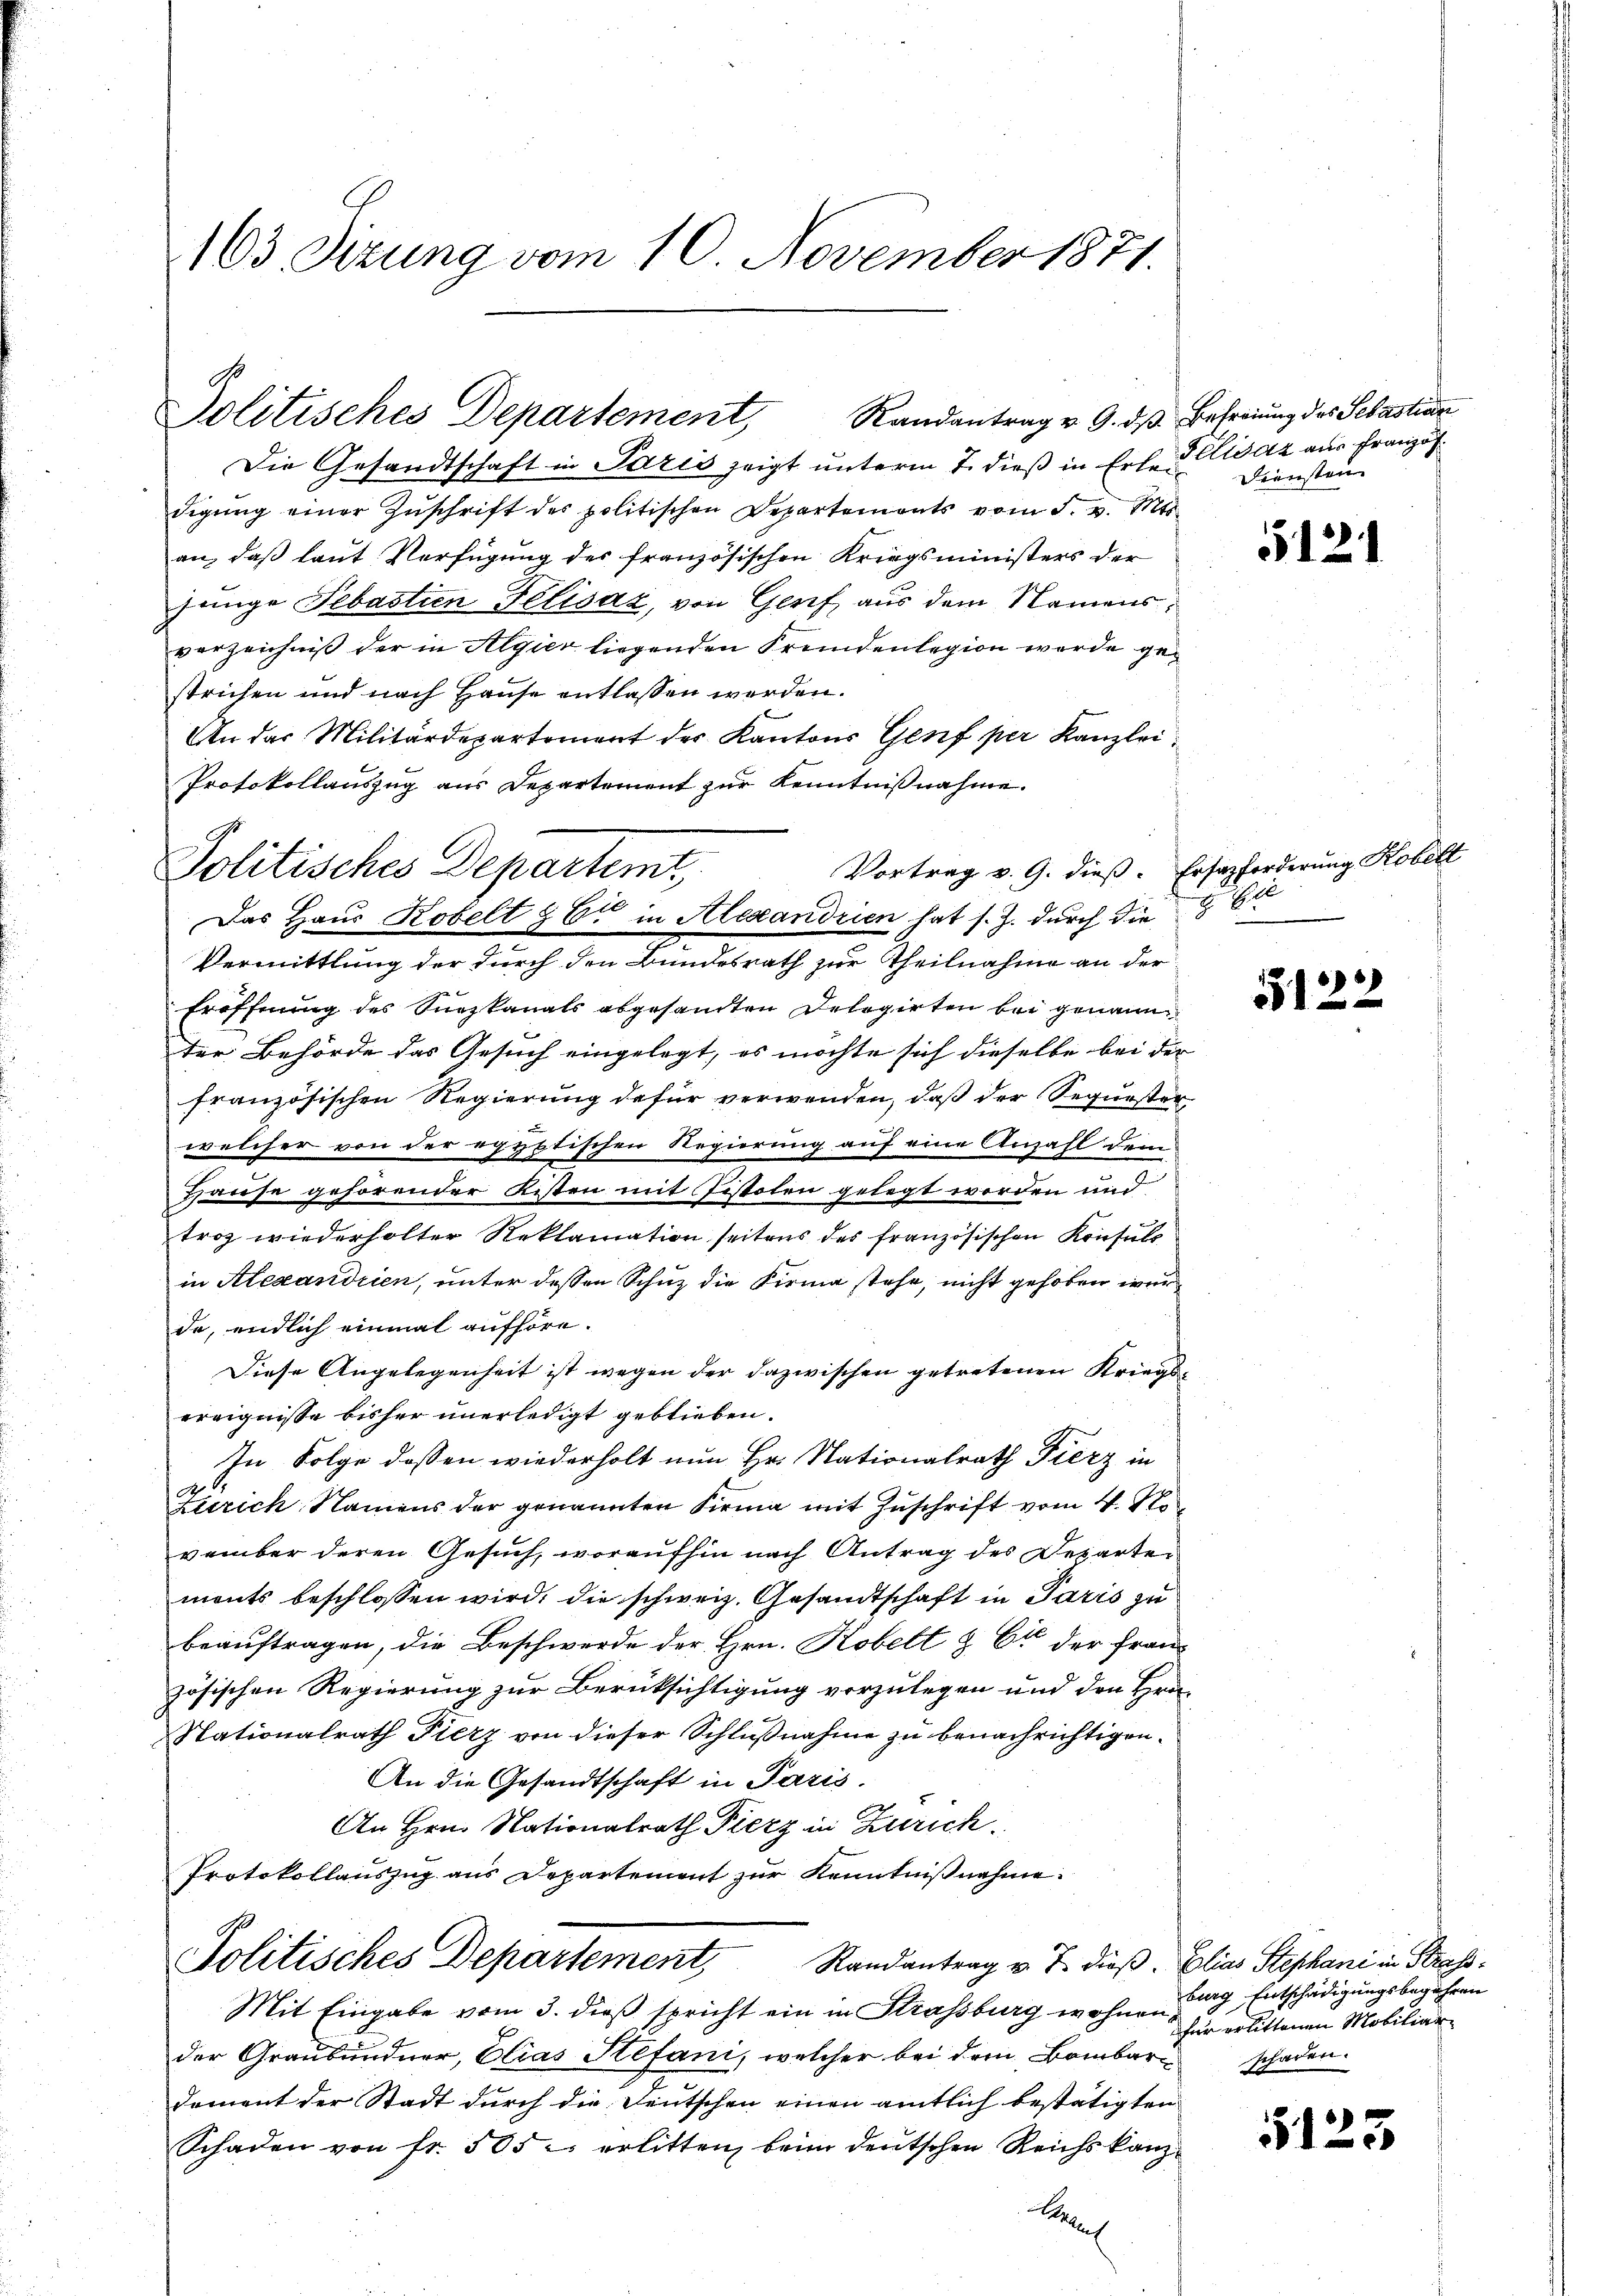
163 Sizung vom 10. November 1871.

Randantrag v. 9. ds Befreiung des Sebastian
Politisches Departement,

Politisches Departemt
Das Haus Kobelt & Er in Alexandrien hat s. Z. durch die 2 Eie

Die Gesandtschaft in Paris zeigt unterm 7. dieß in Erle. Elisaz aus Französ
digŭng einer Zŭschrift des politischen Departements vom 5. v. Mts.
an, daß laut Verfügung des französischen Kriegsministers der
junge Sebastien Felisaz, von Genf aus dem Namens,
verzeichnis der in Algier liegenden Fremdenlegion werde gestrichen und nach Hause entlassen werden.
An das Militärdepartement der Kantons Genf per Kanzlei
Protokollauszug aus Departement zur Kenntnißnahme.
Vermittlung der durch den Bundesrath zur Theilnahme an der
Eröffnŭng des Sürzkanals abgesandten Delegirten bei genannter Behörde das Gesuch eingelegt, es möchte sich dieselbe bei der
französischen Regierung dafür verwenden, daß der Sequester
welcher von der egyptischen Regierung auf eine Anzahl dem
Hause gehörender Kisten mit Pistoten gelegt werden und
trag wiederholter Reklamation seitens des französischen Konsuls
in Alexandrien, unter dessen Schuz die Firma stehe, nicht gehoben wurd
da, endlich einmal aufhöre.
Diese Angelegenheit ist wegen der dazwischen getretenen Kriegsereignisse bisher unerledigt geblieben.
In Folge dessen wiederholt nun Hr. Nationalrath Fierz in
Zusrich Namens der genannten Firma mit Zuschrift vom 4. No
vember deren Gesuch, woraufhin nach Antrag des Departen
ments beschlossen wird, die schweiz. Gesandtschaft in Paris zu
beauftragen, die Beschwerde der Hrn. Kobelt § 6 der franz
zösischen Regierung zur Berücksichtigung vorzulegen und den Hrn.
Nationalrath Fierz von dieser Schlußnahme zu benachrichtigen.
An die Gesandtschaft in Paris.
An Hrn. Nationalrath Fierz in Zürich.
Protokollauszug aus Departement zur Kenntnißnahme.
Politisches Departement, Randantrag u. T. dieβ. Elias Stephani in Straf¬
Mit Eingabe vom 3. dieß spricht ein in Strassburg wohnender Graubündner, Elias Hefani, welcher bei dem Bombare schaden.
dement der Stadt durch die Leutschen einen amtlich bestätigten
Schaden von fr. 505 u. erlitten, beim deŭtschen Reichskanz-
Ael

Vortrag v. 9. dieß. Ersatzforderung Kobelt

Diensten

121

3122

burg Entschädigungsbegehren
für erlittenen Mobiliar

5123